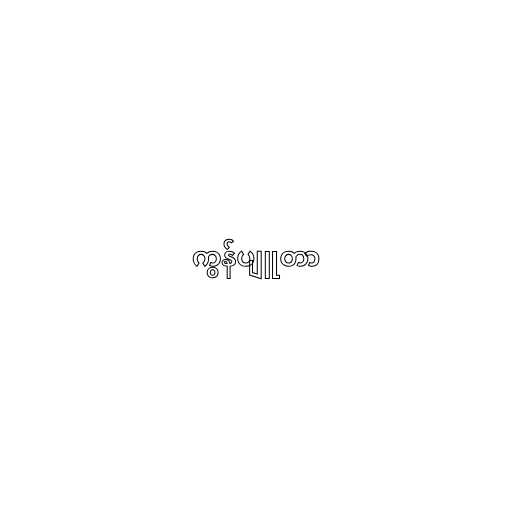
ကွန်ပျူတာ